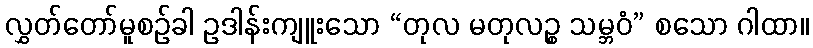
လွှတ်တော်မူစဉ်ခါ ဥဒါန်းကျူးသော “တုလ မတုလဉ္စ သမ္ဘဝံ” စသော ဂါထာ။